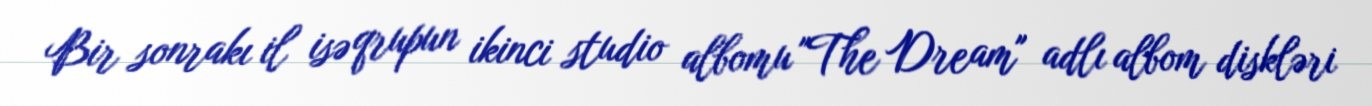
Bir sonrakı il isə qrupun ikinci studio albomu "The Dream" adlı albom diskləri